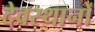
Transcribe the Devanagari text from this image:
देवस्‍थानों